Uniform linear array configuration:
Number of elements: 16
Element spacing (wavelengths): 0.75
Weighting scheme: hann
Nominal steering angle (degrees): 30
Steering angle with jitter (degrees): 30.105
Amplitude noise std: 0.05
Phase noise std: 0.05

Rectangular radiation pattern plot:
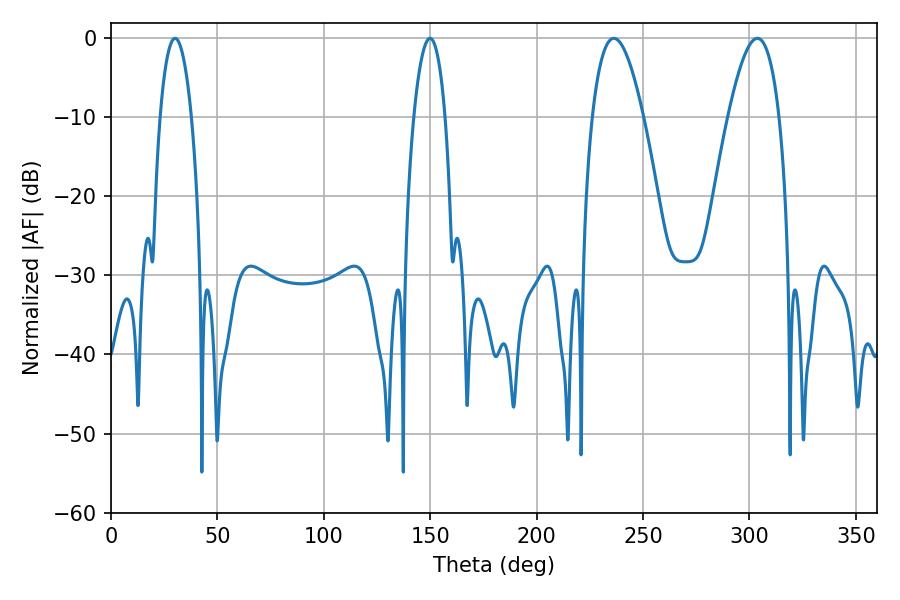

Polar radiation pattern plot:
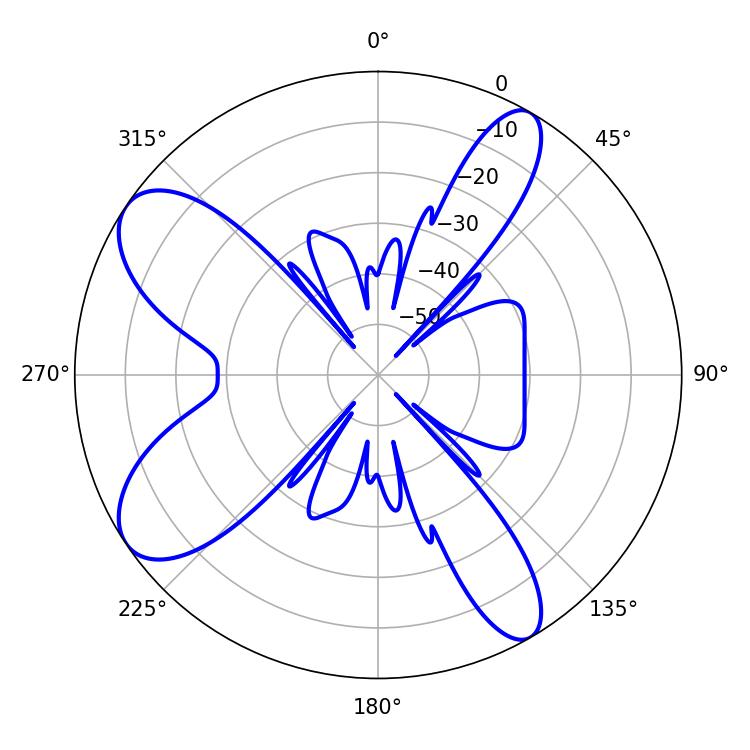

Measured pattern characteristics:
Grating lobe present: TRUE
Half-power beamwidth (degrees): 13.14
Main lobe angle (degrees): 236.34